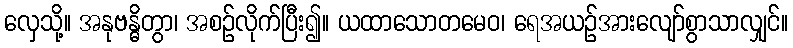
လှေသို့။ အနုဗန္ဓိတွာ၊ အစဉ်လိုက်ပြီး၍။ ယထာသောတမေဝ၊ ရေအယဉ်အားလျော်စွာသာလျှင်။